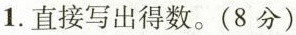
1.直接写出得数.(8分)